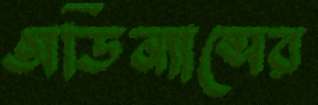
অর্ডিন্যান্সের